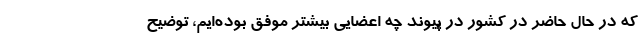
که در حال حاضر در کشور در پیوند چه اعضایی بیشتر موفق بوده‌ایم،‌ توضیح